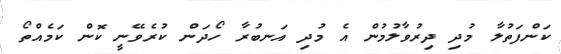
ކަންފަތުލާ މުދި ދިރުވާލުމުން އެ މުދި އަނބުރާ ހޯދަން ކުރެވޭނީ ކޮން ކަމެއްތޯ